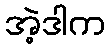
အဲ့ဒါက